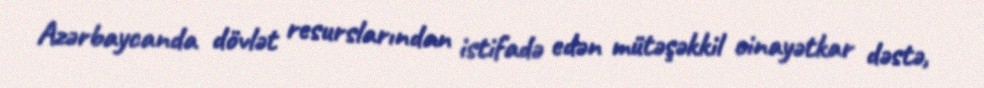
Azərbaycanda dövlət resurslarından istifadə edən mütəşəkkil cinayətkar dəstə,